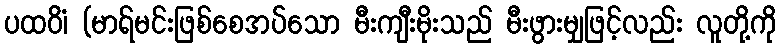
ပထဝိံ၊ (မာရ်မင်းဖြစ်စေအပ်သော မီးကျီးမိုးသည် မီးဖွားမျှဖြင့်လည်း လူတို့ကို